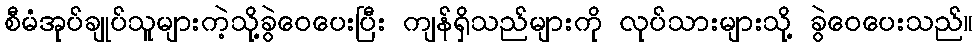
စီမံအုပ်ချုပ်သူများကဲ့သို့ခွဲဝေပေးပြီး ကျန်ရှိသည်များကို လုပ်သားများသို့ ခွဲဝေပေးသည်။